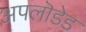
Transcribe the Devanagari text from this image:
अपलॊडेड